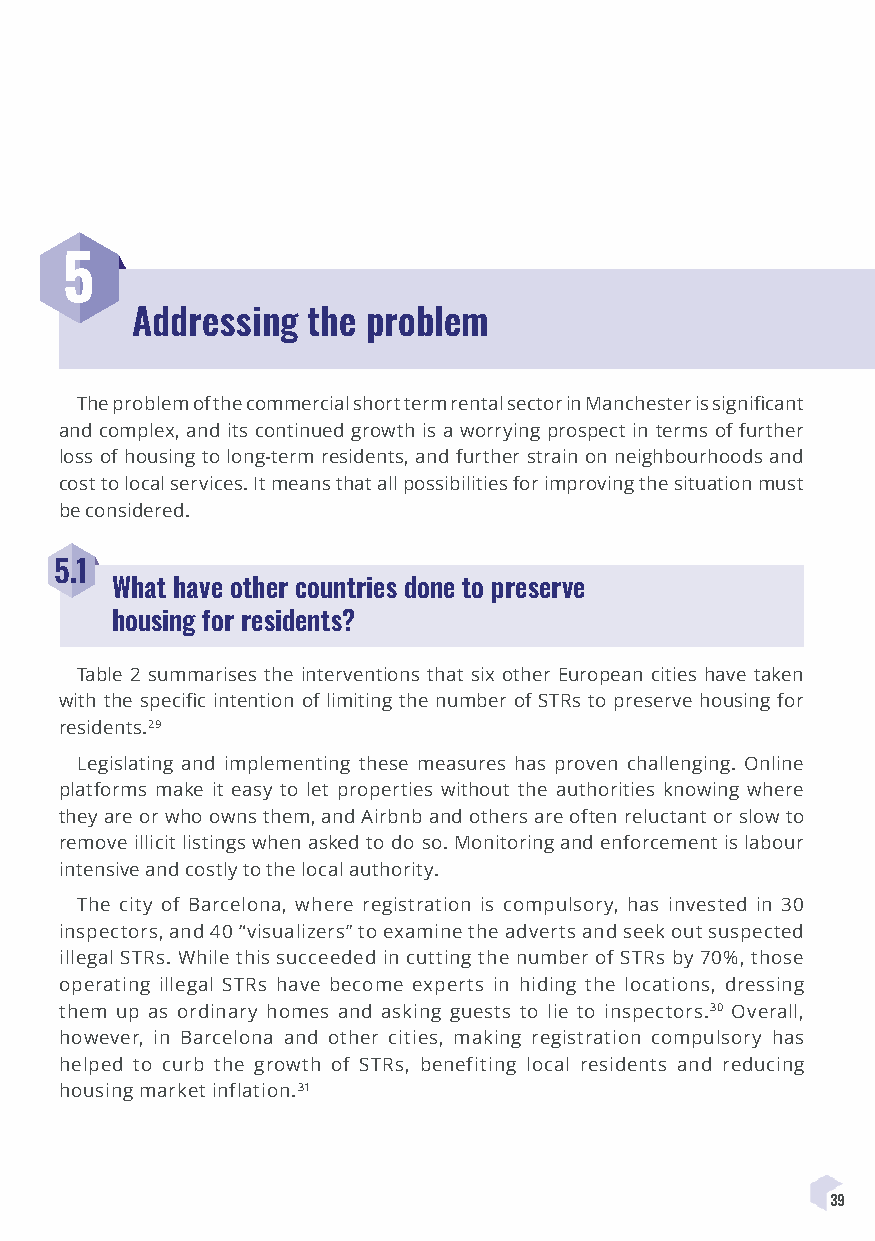
5
 Addressing the problem
 The problem of the commercial short term rental sector in Manchester is significant
 and complex, and its continued growth is a worrying prospect in terms of further
 loss of housing to long-term residents, and further strain on neighbourhoods and
 cost to local services. It means that all possibilities for improving the situation must
 be considered.
 5.1
 What have other countries done to preserve
 housing for residents?
 Table 2 summarises the interventions that six other European cities have taken
 with the specific intention of limiting the number of STRs to preserve housing for
 residents.29
 Legislating and implementing these measures has proven challenging. Online
 platforms make it easy to let properties without the authorities knowing where
 they are or who owns them, and Airbnb and others are often reluctant or slow to
 remove illicit listings when asked to do so. Monitoring and enforcement is labour
 intensive and costly to the local authority.
 The city of Barcelona, where registration is compulsory, has invested in 30
 inspectors, and 40 “visualizers” to examine the adverts and seek out suspected
 illegal STRs. While this succeeded in cutting the number of STRs by 70%, those
 operating illegal STRs have become experts in hiding the locations, dressing
 them up as ordinary homes and asking guests to lie to inspectors.30 Overall,
 however, in Barcelona and other cities, making registration compulsory has
 helped to curb the growth of STRs, benefiting local residents and reducing
 housing market inflation.31
 39